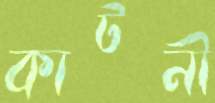
কাটনী